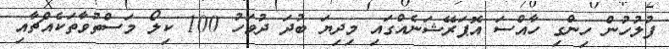
ފުލުހުން ހިންގި ހާއްސަ އޮޕަރޭޝަނެއްގައި މިދިޔަ ބުދަ ދުވަހު 100 ކިލޯ މަސްތުވާތަކެއްޗާއި